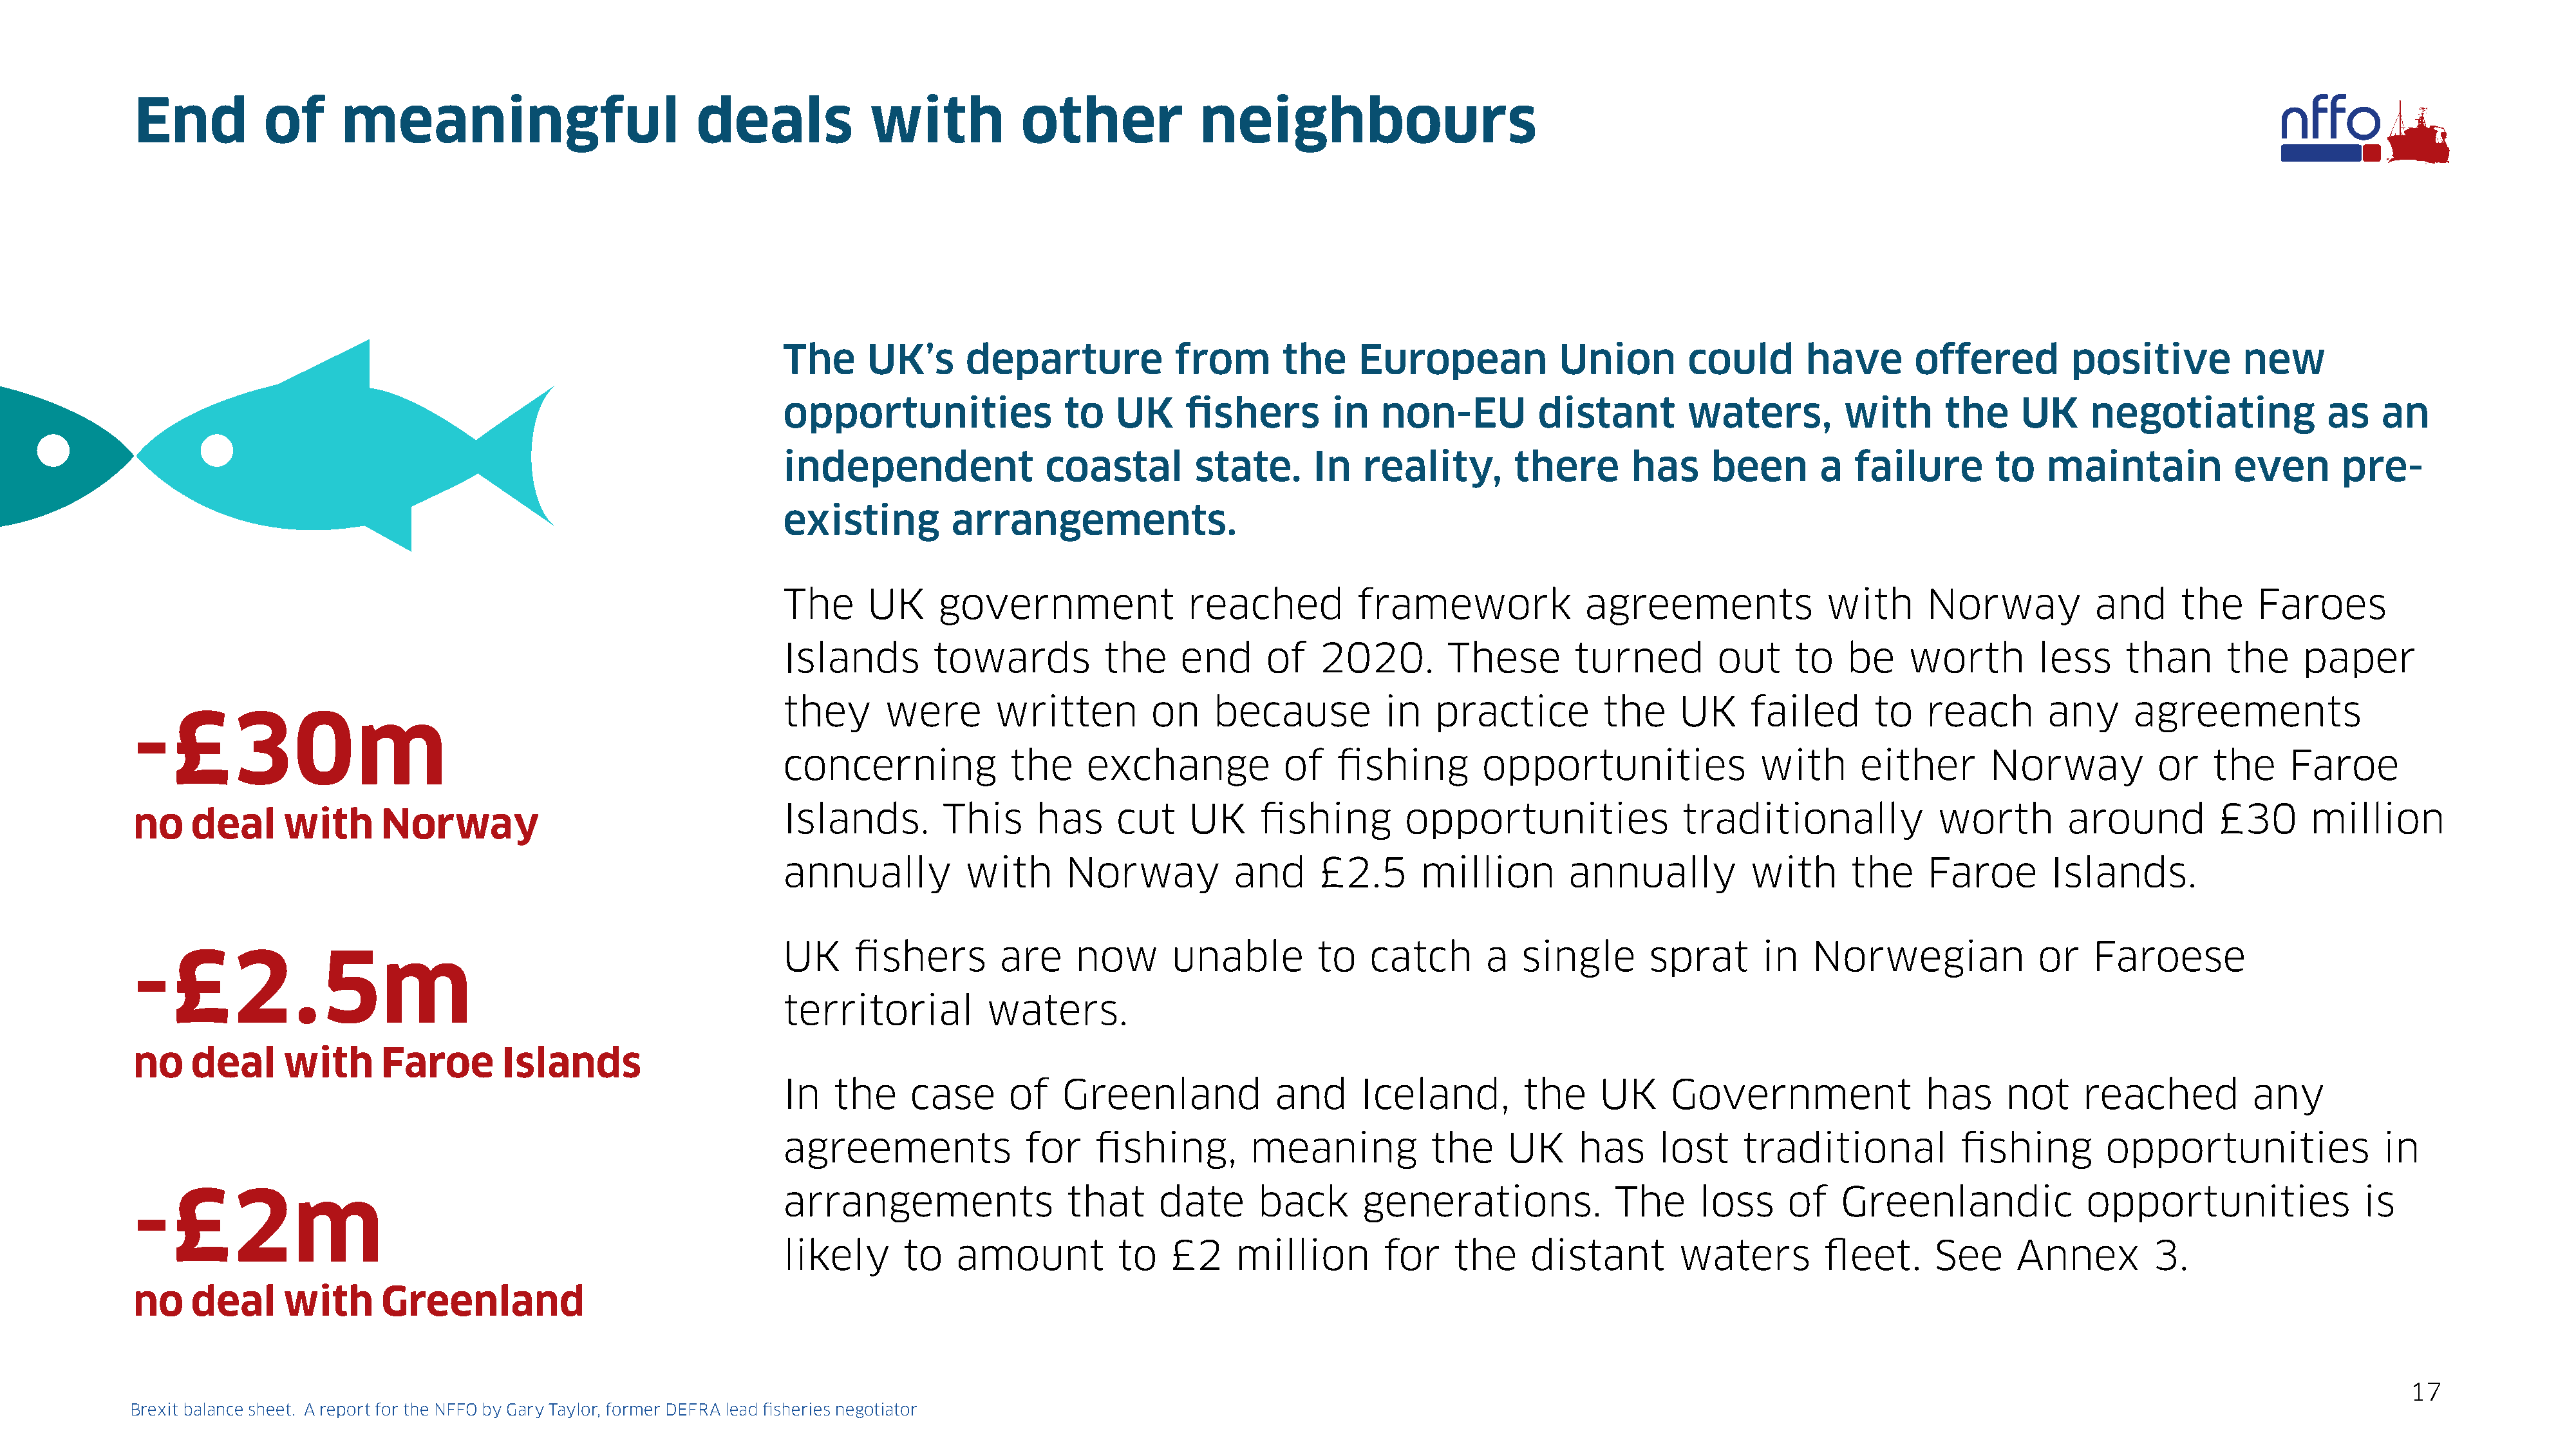
End          of      meaningful                           deals            with            other             neighbours
 The     UK’s      departure             from       the     European            Union        could        have       offered         positive          new
 opportunities               to    UK     fishers        in   non-EU          distant        waters,          with      the     UK     negotiating             as    an
 independent               coastal         state.      In   reality,        there       has     been       a   failure       to   maintain            even       pre-
 existing         arrangements.
 The     UK     government                reached          framework               agreements               with      Norway           and      the     Faroes
 Islands        towards          the     end      of    2020.        These        turned         out    to    be    worth        less     than       the     paper
 they      were       written         on     because          in   practice          the     UK     failed       to   reach       any      agreements
 -£30m
 concerning             the     exchange            of   fishing        opportunities                with      either        Norway           or   the     Faroe
 Islands.        This     has      cut    UK     fishing        opportunities                traditionally             worth        around          £30       million
 no    deal     with      Norway
 annually          with       Norway           and      £2.5      million        annually           with      the     Faroe        Islands.
 UK     fishers        are     now      unable         to    catch       a  single        sprat      in   Norwegian              or    Faroese
 -£2.5m
 territorial         waters.
 no    deal     with      Faroe        Islands
 In   the     case      of   Greenland             and      Iceland,         the    UK      Government                has     not     reached           any
 agreements              for     fishing,        meaning           the     UK     has     lost     traditional            fishing       opportunities                in
 -£2m                                                               arrangements                 that     date      back       generations.              The      loss     of   Greenlandic              opportunities                is
 likely      to   amount           to   £2     million        for    the     distant         waters        fleet.      See     Annex         3.
 no    deal     with      Greenland
 17
 Brexit balance sheet. A report for the NFFO by Gary Taylor, former DEFRA lead fisheries negotiator